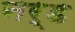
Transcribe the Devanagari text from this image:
नर्ड